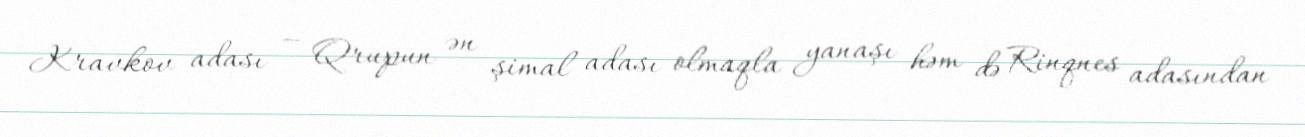
Kravkov adası — Qrupun ən şimal adası olmaqla yanaşı həm də Rinqnes adasından